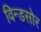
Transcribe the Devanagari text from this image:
विन्डसोर